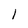
Character: 1